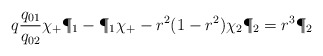
\begin{align*}q{q_{01} \over q_{02}} \chi_+ \P_1-\P_1 \chi_+-r^2 (1-r^2) \chi_2 \P_2=r^3 \P_2\end{align*}